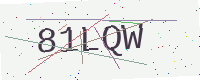
Text: 81LQW